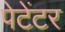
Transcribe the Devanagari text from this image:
पेटेंटर